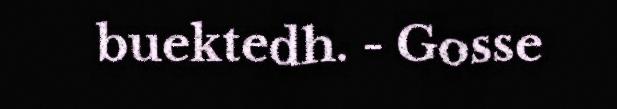
buektedh. - Gosse